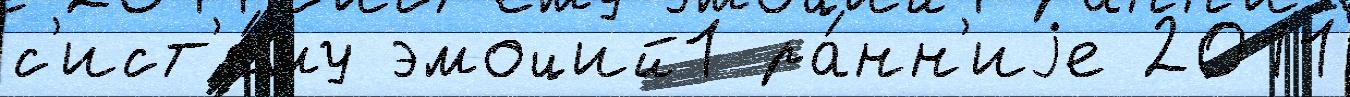
с'ист'е́му эмоций1 ра́нн'иjе 2011